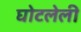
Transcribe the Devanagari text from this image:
घोटलेली